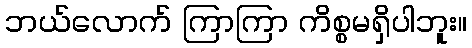
ဘယ်လောက် ကြာကြာ ကိစ္စမရှိပါဘူး။